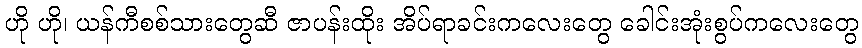
ဟို ဟို၊ ယန်ကီစစ်သားတွေဆီ ဇာပန်းထိုး အိပ်ရာခင်းကလေးတွေ ခေါင်းအုံးစွပ်ကလေးတွေ